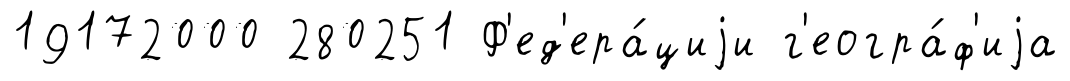
19172000 280251 Ф'ед'ера́циjи г'еогра́ф'иjа